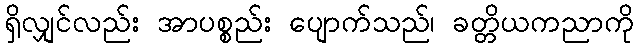
ရှိလျှင်လည်း အာပစ္စည်း ပျောက်သည်၊ ခတ္တိယကညာကို